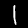
Label: 1